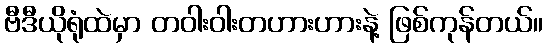
ဗီဒီယိုရုံထဲမှာ တဝါးဝါးတဟားဟားနဲ့ ဖြစ်ကုန်တယ်။